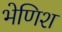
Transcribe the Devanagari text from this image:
भेणिश